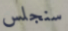
سنجلس